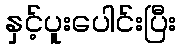
နှင့်ပူးပေါင်းပြီး